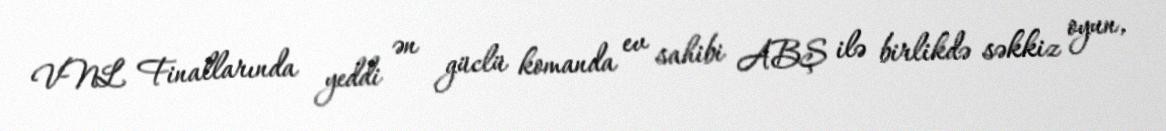
VNL Finallarında yeddi ən güclü komanda ev sahibi ABŞ ilə birlikdə səkkiz oyun,